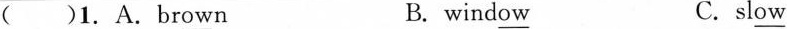
( )1.A.Br \underline{ow} n B. wind \underline { ow } C. sl \underline{ow}